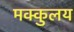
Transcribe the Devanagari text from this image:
मक्कुलय